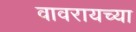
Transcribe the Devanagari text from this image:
वावरायच्या